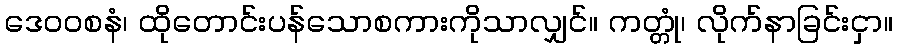
ဒေဝဝစနံ၊ ထိုတောင်းပန်သောစကားကိုသာလျှင်။ ကတ္တုံ၊ လိုက်နာခြင်းငှာ။